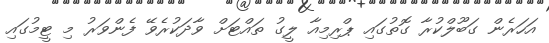
އަހަރެން ގަބޫލްކުރާ ގޮތުގައި ޕްރިމިއާ ލީގު ތައްޓަށް ވާދަކުރެވޭ ފެންވަރު މި ޓީމުގައި